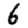
Digit: 6